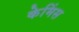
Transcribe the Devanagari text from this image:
केमिंस